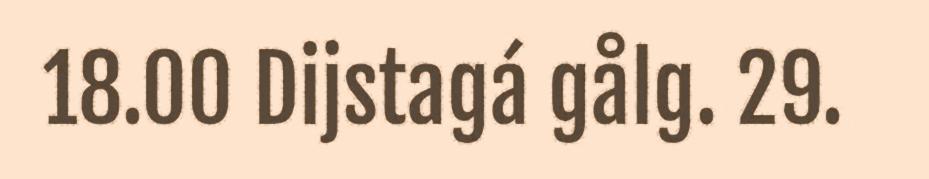
18.00 Dijstagá gålg. 29.